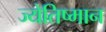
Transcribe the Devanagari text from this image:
ज्येतिष्मान